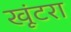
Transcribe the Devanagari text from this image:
खूंटरा